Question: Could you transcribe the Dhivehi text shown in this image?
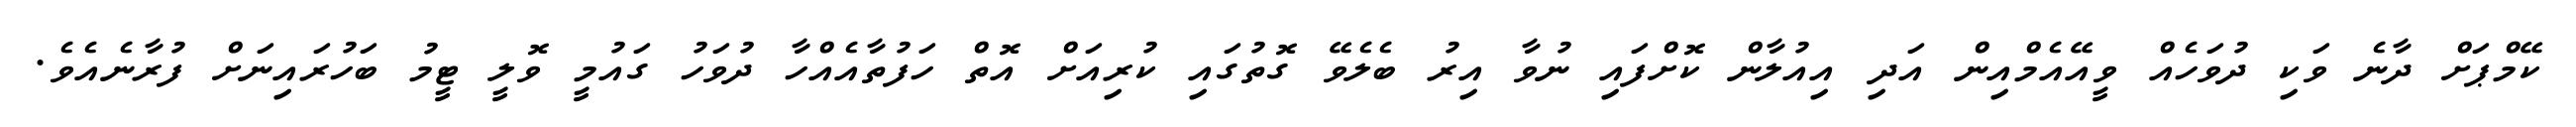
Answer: ކޭމްޕަށް ދާނެ ވަކި ދުވަހެއް ވީއޭއެމްއިން އަދި އިއުލާން ކޮށްފައި ނުވާ އިރު ބެލެވޭ ގޮތުގައި ކުރިއަށް އޮތް ހަފުތާއެއްހާ ދުވަހު ގައުމީ ވޮލީ ޓީމު ބަހުރައިނަށް ފުރާނެއެވެ.